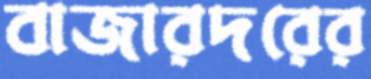
বাজারদরের